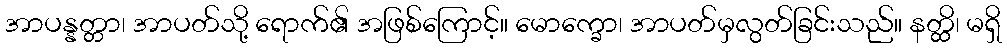
အာပန္နတ္တာ၊ အာပတ်သို့ ရောက်၏ အဖြစ်ကြောင့်။ မောက္ခော၊ အာပတ်မှလွတ်ခြင်းသည်။ နတ္ထိ၊ မရှိ